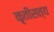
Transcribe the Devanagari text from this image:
कृतीसत्य